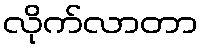
လိုက်လာတာ